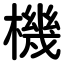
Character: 機